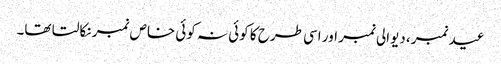
عید نمبر، دیوالی نمبر اور اسی طرح کا کوئی نہ کوئی خاص نمبر نکالتا تھا۔